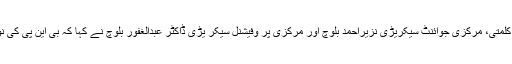
اس موقع پر بی این پی)مینگل(کے مرکزی رہنماؤں ایم پی اے میر حمل کلمتی، مرکزی جوائنٹ سیکریڑی نزیراحمد بلوچ اور مرکزی پر وفیشنل سیکر یڑی ڈاکٹر عبدالغفور بلوچ نے کہا کہ بی این پی کی نومنتخب ضلعی کابینہ کو دل کی گہرائیوں سے مبارکباد پیش کرتے ہیں۔